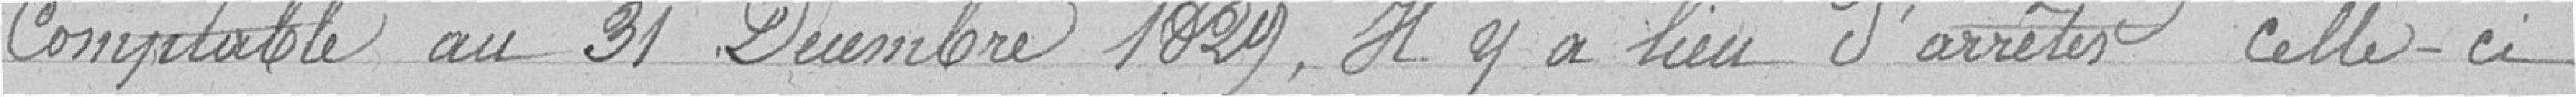
Comptable au 31 Décembre 1829. Il y a lieu d'arreter celle-ci